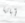
آبائنا